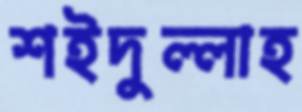
শইদুল্লাহ